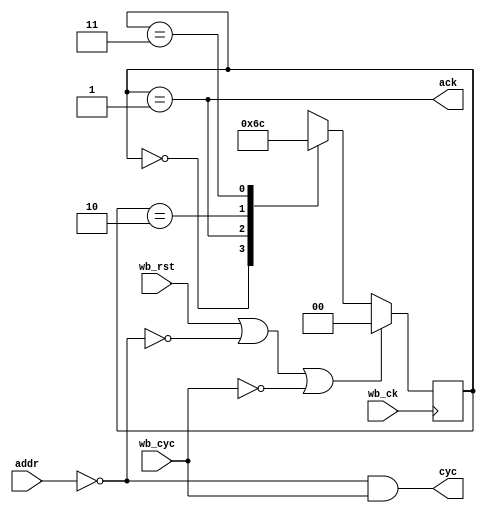
// This program was cloned from: https://github.com/DaveBerkeley/serv_soc
// License: MIT License


module chip_select
    #(parameter ADDR=0, WIDTH=8)
    (input wire wb_ck, 
    input wire [(WIDTH-1):0] addr, 
    input wire wb_cyc, 
    input wire wb_rst,
    output wire ack, 
    output wire cyc);

    wire match;
    assign match = addr == ADDR;
    assign cyc = match & wb_cyc;

    reg [1:0] state = 0;

    always @(posedge wb_ck) begin

        if (wb_rst || (!match) || !wb_cyc)
            state <= 0;
        else begin
            case (state)
                0 : state <= 1;
                1 : state <= 2;
                2 : state <= 3;
                3 : state <= 0;
            endcase
        end

    end

    assign ack = state == 1;

endmodule